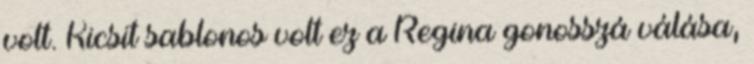
volt. Kicsit sablonos volt ez a Regina gonosszá válása,